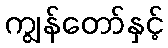
ကျွန်တော်နှင့်